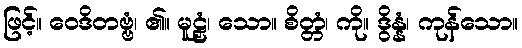
ဖြင့်။ ဝေဒိတဗ္ဗံ၊ ၏။ မူဠှံ၊ သော။ စိတ္တံ၊ ကို။ ဒွိန္နံ၊ ကုန်သော။